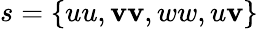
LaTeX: s=\{ uu,\mathbf{v}\mathbf{v},ww,u\mathbf{v}\}